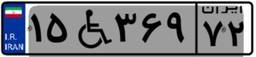
۸۵W۵۳۹۷۲